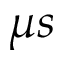
\mu s